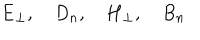
{ \bf E } _ { \perp } , \quad D _ { n } , \quad { \bf H } _ { \perp } , \quad B _ { n }